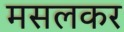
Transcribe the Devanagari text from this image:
मसलकर